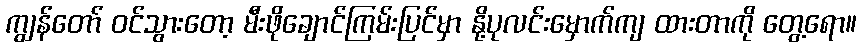
ကျွန်တော် ဝင်သွားတော့ မီးဖိုချောင်ကြမ်းပြင်မှာ နို့ပုလင်းမှောက်ကျ ထားတာကို တွေ့ရော။